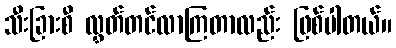
သီးခြားစီ လွှတ်တင်လာကြတာလည်း ဖြစ်ပါတယ်။